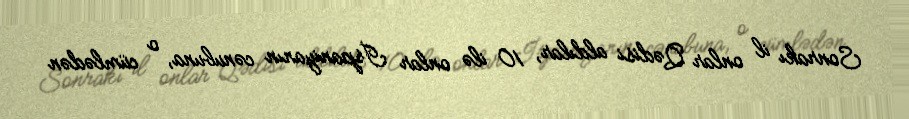
Sonrakı il onlar Qədisi aldılar, 10 ilə onlar İspaniyanın cənubuna, o cümlədən